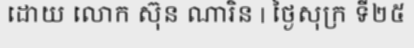
ដោយ លោក ស៊ុន ណារិន | ថ្ងៃសុក្រ ទី២៥